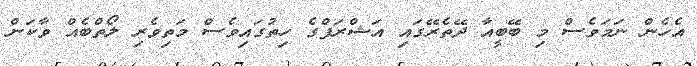
އެހެން ނަމަވެސް މި ބޭބީއާ ދޭތެރޭގައި އަޝްރަފްގެ ހިތުގައިވެސް މަތިވެރި ލޯތްބެއް ވާކަން